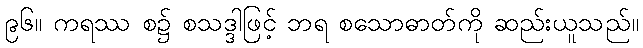
၉၆။ ကရဿ စ၌ စသဒ္ဒါဖြင့် ဘရ စသောဓာတ်ကို ဆည်းယူသည်။